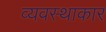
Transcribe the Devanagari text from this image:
व्यवस्थाकार